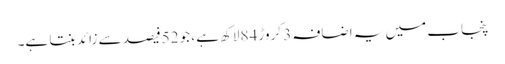
پنجاب میں یہ اضافہ 3 کروڑ 84لاکھ ہے ، جو 52فیصد سے زائد بنتا ہے۔